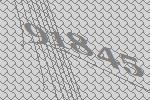
91845